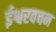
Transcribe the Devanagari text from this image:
ईश्वरवचन